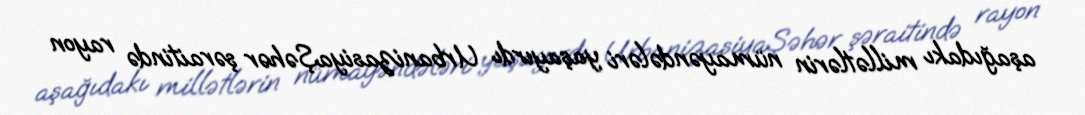
aşağıdakı millətlərin nümayəndələri yaşayırdı UrbanizasiyaŞəhər şəraitində rayon